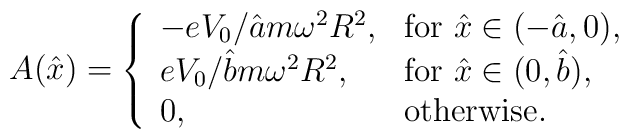
A(\hat x)=\left\{\begin{array}{ll}-{eV_0/\hat am\omega^2R^2},&\mbox{for $\hat x\in(-\hat a,0)$},\\{eV_0/\hat bm\omega^2R^2},&\mbox{for $\hat x\in(0,\hat b)$},\\0, &\mbox{otherwise}.\end{array}\right.